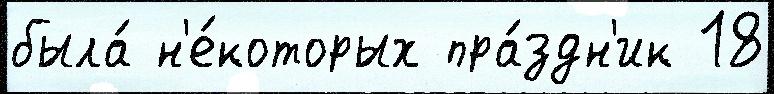
была́ н'е́которых пра́здн'ик 18